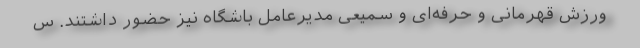
ورزش قهرمانی و حرفه‌ای و سمیعی مدیرعامل باشگاه نیز حضور داشتند. س